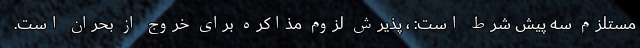
مستلزم سه پیش شرط است: ، پذیرش لزوم مذاکره برای خروج از بحران است.